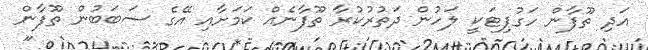
އަދި ތޫފާން ހަގުޕިޓަކީ ލަހުން ދަތުރުކުރާ ތޫފާނެއް ކަމަށާއި އޭގެ ސަބަބުން ތޫފާން